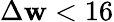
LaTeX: \Delta\mathbf{w}<16